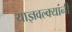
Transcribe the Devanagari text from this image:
याज्ञवल्क्यांनी